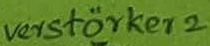
Text: verstärker 2